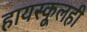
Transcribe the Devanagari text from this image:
हायस्कूलही